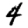
Digit: 4